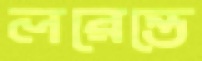
লরেন্তে